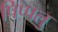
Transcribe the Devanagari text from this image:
पिप्पलु